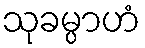
သုခမ္ပာဟံ